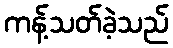
ကန့်သတ်ခဲ့သည်